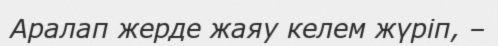
Аралап жерде жаяу келем жүріп, –